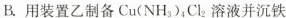
B.用装置乙制备Cu(NH_{3} )_{4} Cl_{2} 溶液并沉铁